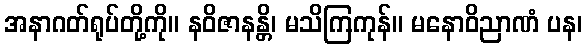
အနာဂတ်ရုပ်တို့ကို။ နဝိဇာနန္တိ၊ မသိကြကုန်။ မနောဝိညာဏံ ပန၊